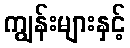
ကျွန်းများနှင့်